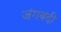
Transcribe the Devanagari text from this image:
जंगबंदी